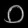
Digit: ၀